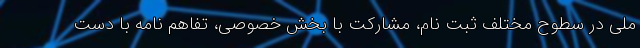
ملی در سطوح مختلف ثبت نام، مشارکت با بخش خصوصی، تفاهم نامه با دست